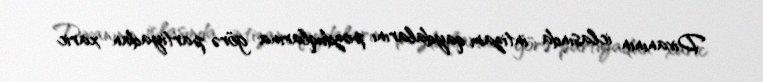
Divanının iclasında intizam qaydalarını pozduqlarına görə partiyadan xaric